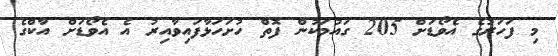
މި ފަހަރުގެ އެވޯޑަށް 205 ގައުމަކުން ފޮތް ހުށަހަޅާފައިވާއިރު އެ އެވޯޑަށް އާކްގެ